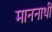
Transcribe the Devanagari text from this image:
माननाथी